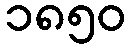
၁၈၅၀